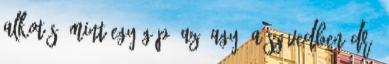
alkotás, mint egy gép. Az "agy" a szívedben Dr.